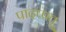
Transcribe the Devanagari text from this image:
पादप्पत्तू